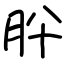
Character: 肸